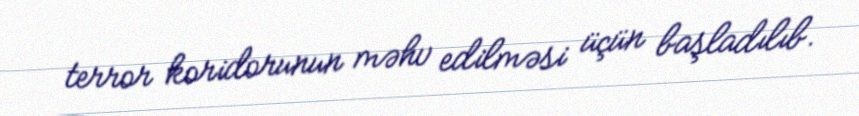
terror koridorunun məhv edilməsi üçün başladılıb.